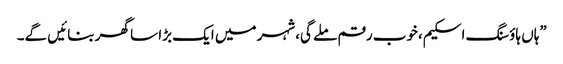
”ہاں ہاؤسنگ اسکیم،خوب رقم ملے گی،شہر میں ایک بڑا سا گھر بنائیں گے۔